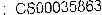
: CS00035863